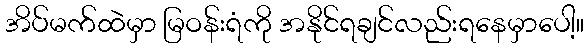
အိပ်မက်ထဲမှာ မြဝန်းရံကို အနိုင်ရချင်လည်းရနေမှာပေါ့။